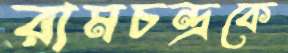
রামচন্দ্রকে